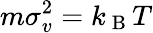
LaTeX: m\sigma_{v}^{2}=k_{\mathrm{~B~}}T